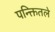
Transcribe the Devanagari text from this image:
पन्क्तितले